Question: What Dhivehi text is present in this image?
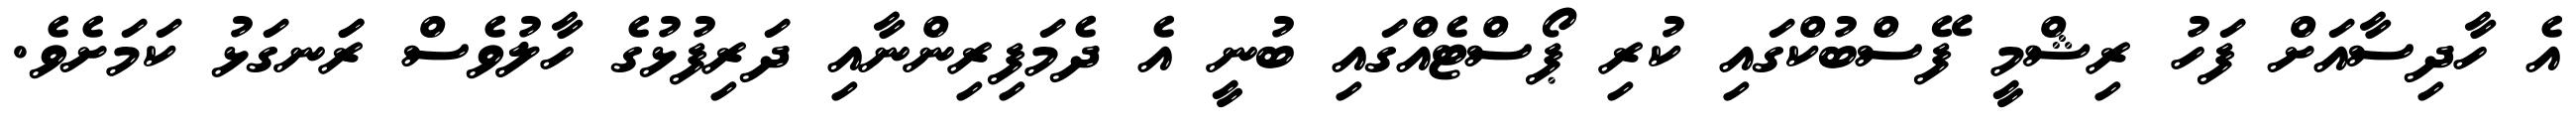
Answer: އެ ހާދިސާއަށް ފަހު ރިޝްމީ ފޭސްބުކްގައި ކުރި ޕޯސްޓެއްގައި ބުނީ އެ ދެމަފިރިންނާއި ދަރިފުޅުގެ ހާލުވެސް ރަަނގަޅު ކަމަށެވެ.